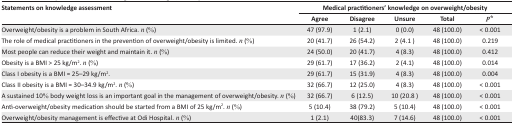
<table><thead><tr><td><b>Statements on knowledge assessment</b></td><td colspan="4"><b>Medical practitioners’ knowledge on overweight/obesity</b></td></tr><tr><td></td><td><b>Agree</b></td><td><b>Disagree</b></td><td><b>Unsure</b></td><td><b>Total</b></td><td><b><i>p</i>*</b></td></tr></thead><tbody><tr><td>Overweight/obesity is a problem in South Africa. <i>n</i> (%)</td><td>47 (97.9)</td><td>1 (2.1)</td><td>0 (0.0)</td><td>48 (100.0)</td><td>&lt; 0.001</td></tr><tr><td>The role of medical practitioners in the prevention of overweight/obesity is limited. <i>n</i> (%)</td><td>20 (41.7)</td><td>26 (54.2)</td><td>2 (4.1 )</td><td>48 (100.0)</td><td>0.219</td></tr><tr><td>Most people can reduce their weight and maintain it. <i>n</i> (%)</td><td>24 (50.0)</td><td>20 (41.7)</td><td>4 (8.3)</td><td>48 (100.0)</td><td>0.412</td></tr><tr><td>Obesity is a BMI &gt; 25 kg/m<sup>2</sup>. <i>n</i> (%)</td><td>29 (61.7)</td><td>17 (36.2)</td><td>2 (4.1)</td><td>48 (100.0)</td><td>0.014</td></tr><tr><td>Class I obesity is a BMI = 25–29 kg/m<sup>2</sup>.</td><td>29 (61.7)</td><td>15 (31.9)</td><td>4 (8.3)</td><td>48 (100.0)</td><td>0.004</td></tr><tr><td>Class II obesity is a BMI = 30–34.9 kg/m<sup>2</sup>. <i>n</i> (%)</td><td>32 (66.7)</td><td>12 (25.0)</td><td>4 (8.3)</td><td>48 (100.0)</td><td>&lt; 0.001</td></tr><tr><td>A sustained 10% body weight loss is an important goal in the management of overweight/obesity. <i>n</i> (%)</td><td>32 (66.7)</td><td>6 (12.5)</td><td>10 (20.8 )</td><td>48 (100.0)</td><td>&lt; 0.001</td></tr><tr><td>Anti-overweight/obesity medication should be started from a BMI of 25 kg/m<sup>2</sup>. <i>n</i> (%)</td><td>5 (10.4)</td><td>38 (79.2)</td><td>5 (10.4)</td><td>48 (100.0)</td><td>&lt; 0.001</td></tr><tr><td>Overweight/obesity management is effective at Odi Hospital. <i>n</i> (%)</td><td>1 (2.1)</td><td>40(83.3)</td><td>7 (14.6)</td><td>48 (100.0)</td><td>&lt; 0.001</td></tr></tbody></table>